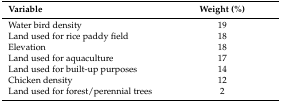
<table><thead><tr><td><b>Variable</b></td><td><b>Weight (%)</b></td></tr></thead><tbody><tr><td>Water bird density </td><td>19</td></tr><tr><td>Land used for rice paddy field</td><td>18</td></tr><tr><td>Elevation </td><td>18</td></tr><tr><td>Land used for aquaculture</td><td>17</td></tr><tr><td>Land used for built-up purposes</td><td>14</td></tr><tr><td>Chicken density</td><td>12</td></tr><tr><td>Land used for forest/perennial trees</td><td>2</td></tr></tbody></table>